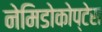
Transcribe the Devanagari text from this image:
नेमिडोकोप्टेस